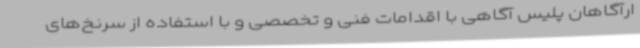
ارآگاهان پلیس آگاهی با اقدامات فنی و تخصصی و با استفاده از سرنخ‌های